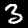
Label: 3